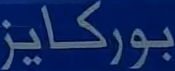
بورکایز